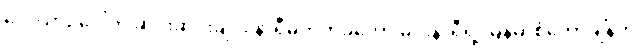
လေယာဉ်ပေါ်က ဆင်းဆင်းချင်း နာရီမတိုက်ခဲ့တော့ မင်းနာရီရဲ့ မြန်မာစံတော်ချိန်က